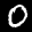
Digit: 0